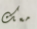
معك